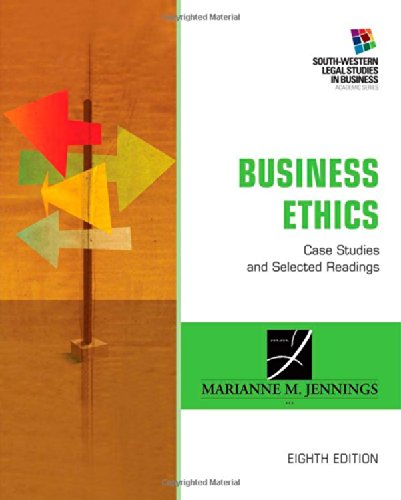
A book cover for Business Ethics: Case Studies and Selected Readings (South-Western Legal Studies in Business Academic Series); Marianne M. Jennings; Business & Money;